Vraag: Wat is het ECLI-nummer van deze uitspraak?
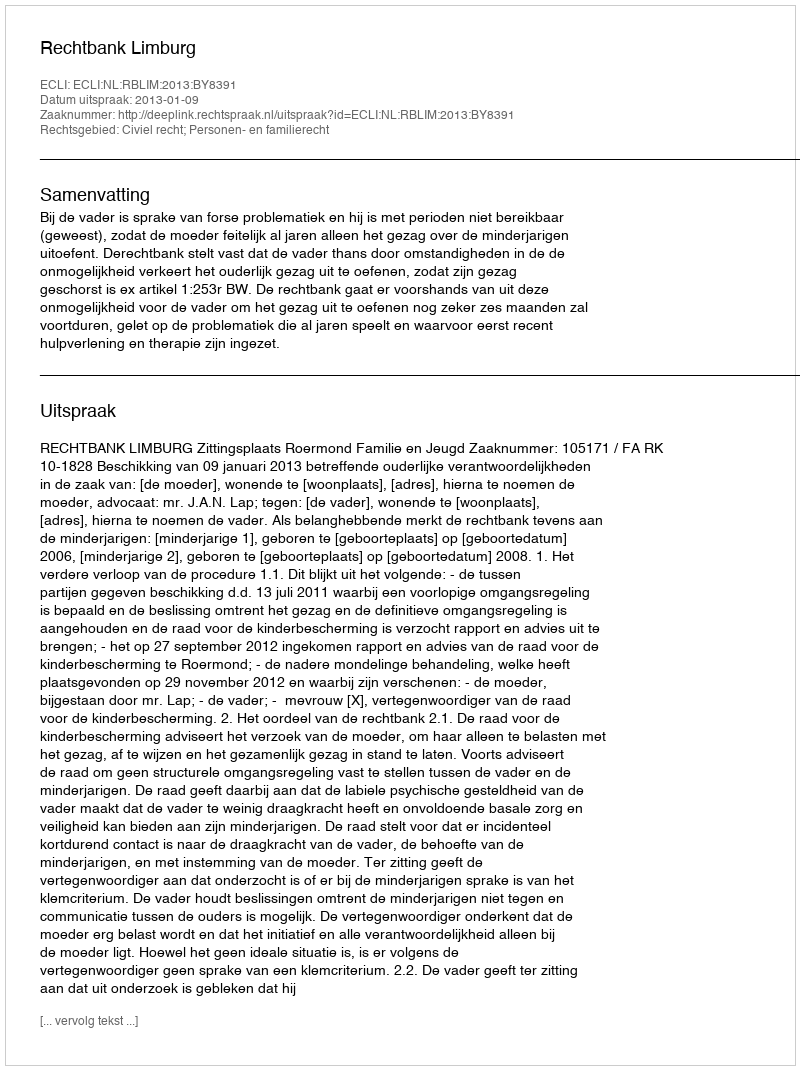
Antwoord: ECLI:NL:RBLIM:2013:BY8391